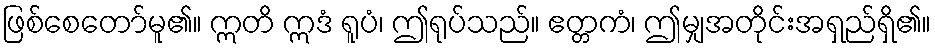
ဖြစ်စေတော်မူ၏။ ဣတိ ဣဒံ ရူပံ၊ ဤရုပ်သည်။ ဧတ္တကံ၊ ဤမျှအတိုင်းအရှည်ရှိ၏။